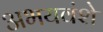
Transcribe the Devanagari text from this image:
अभयवंशे